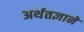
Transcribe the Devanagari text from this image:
अर्थतज्ञाने